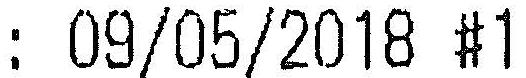
: 09/05/2018 #1